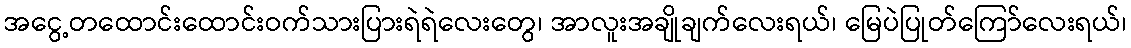
အငွေ့တထောင်းထောင်းဝက်သားပြားရဲရဲလေးတွေ၊ အာလူးအချိုချက်လေးရယ်၊ မြေပဲပြုတ်ကြော်လေးရယ်၊